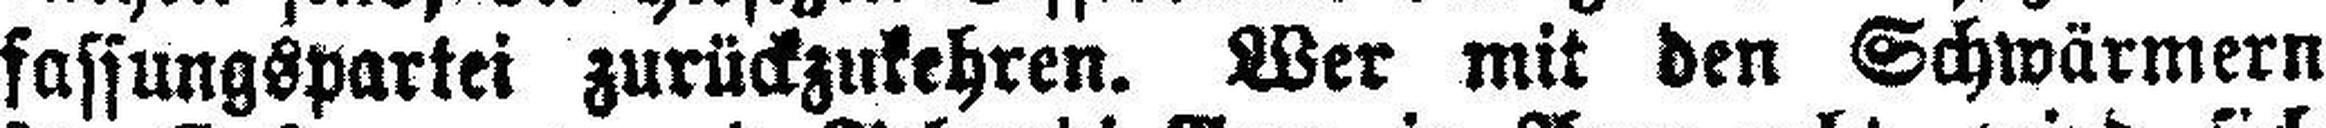
fassungspartei zurückzukehren. Wer mit den Schwärmern